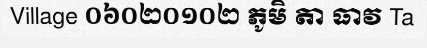
Village ០៦០២០១០២ ភូមិ តា ធាវ Ta